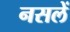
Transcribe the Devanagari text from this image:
नसलें